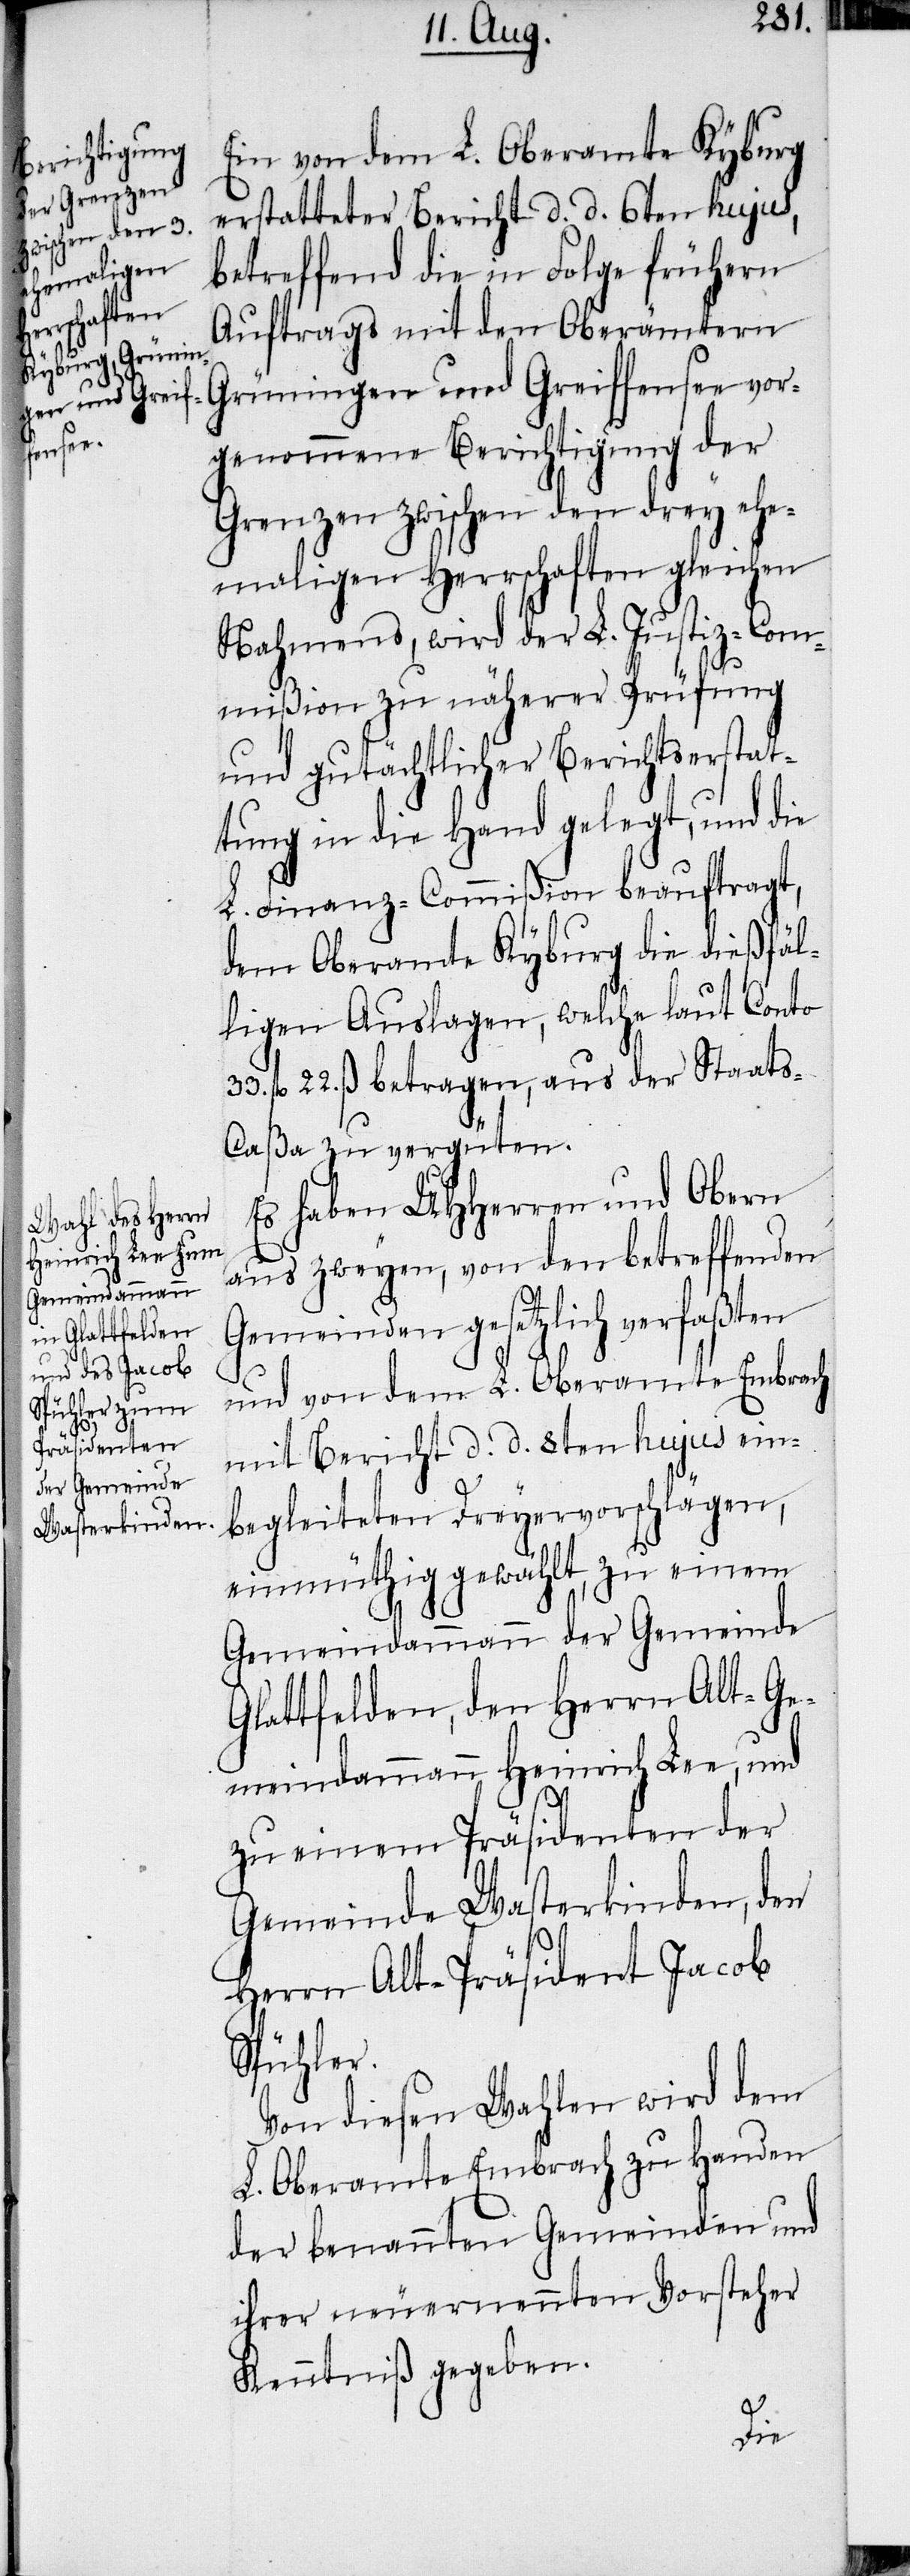
Ein von dem L. Oberamte Kyburg
erstatteter Bericht d. d. 6ten hujus,
betreffend die in Folge frühern
Auftrags mit den Oberämtern
Grüningen und Greiffensee vor¬
genommene Berichtigung der
Grenzen zwischen den drey ehe¬
maligen Herrschaften gleichen
Nahmens, wird der L. Justiz-Com¬
mißion zu näherer Prüfung
und gutächtlicher Berichtserstat¬
tung in die Hand gelegt, und die
L. Finanz-Commißion beauftragt,
dem Oberamte Kyburg die dießfäl¬
ligen Auslagen, welche laut Conto
33. fl 22. ß betragen, aus der Staat¬
s-Caßa zu vergüten.
Es haben UHHerren und Obern
aus zweyen, von den betreffenden
Gemeinden gesetzlich verfaßten
und von dem L. Oberamte Embrach
mit Bericht d. d. 8ten hujus ein¬
begleiteten Dreyervorschlägen,
einmüthig gewählt, zu einem
Gemeindammann der Gemeinde
Glattfelden, den Herrn Alt-Ge¬
meindammann Heinrich Lee, und
zu einem Präsidenten der
Gemeinde Wasterkinden, den
Herrn Alt-Präsident Jacob
Spühler.
Von diesen Wahlen wird dem
L. Oberamte Embrach zu Handen
der benannten Gemeinden und
ihrer neuernennten Vorsteher
Kenntniß gegeben.